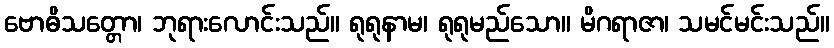
ဗောဓိသတ္တော၊ ဘုရားလောင်းသည်။ ရုရုနာမ၊ ရုရုမည်သော။ မိဂရာဇာ၊ သမင်မင်းသည်။